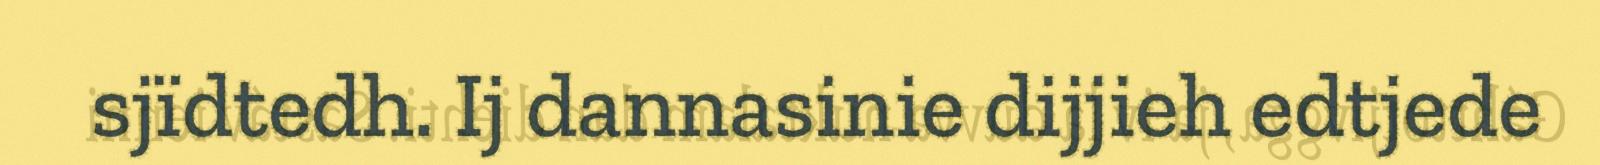
sjïdtedh. Ij dannasinie dijjieh edtjede